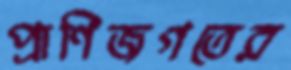
প্রাণিজগতের